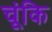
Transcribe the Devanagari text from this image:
चूंकि